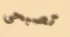
تصبحى